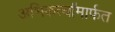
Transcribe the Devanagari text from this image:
अभिकर्त्यांमार्फत